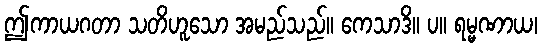
ဤကာယဂတာ သတိဟူသော အမည်သည်။ ကေသာဒိ။ ပ။ ရမ္မဏာယ၊